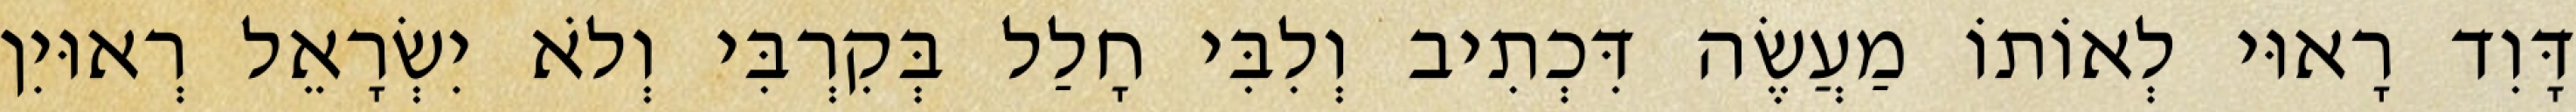
דָּוִד רָאוּי לְאוֹתוֹ מַעֲשֶׂה דִּכְתִיב וְלִבִּי חָלַל בְּקִרְבִּי וְלֹא יִשְׂרָאֵל רְאוּיִן